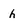
Character: h